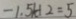
- 1 . 5 + 1 2 = 5